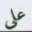
على